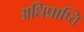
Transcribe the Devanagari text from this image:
अधिप्राप्‍ति